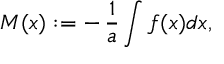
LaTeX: M ( x ) : = - \, { \frac { 1 } { a } } \int f ( x ) d x ,